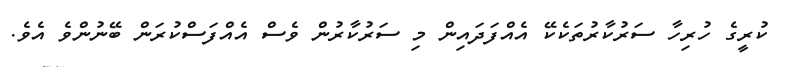
ކުރީގެ ހުރިހާ ސަރުކާރުތަކެކޭ އެއްފަދައިން މި ސަރުކާރުން ވެސް އެއްފަސްކުރަން ބޭނުންވެ އެވެ.